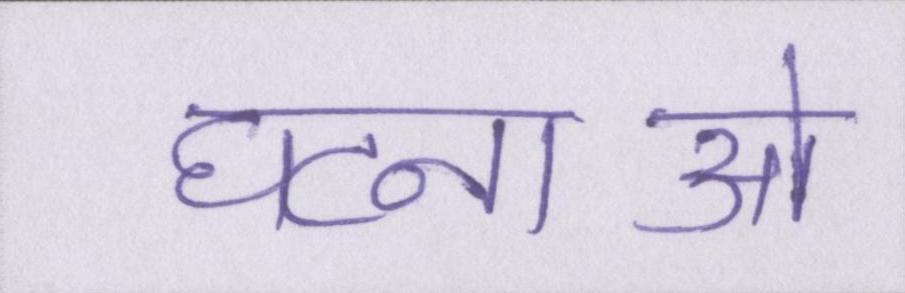
घटनाओ